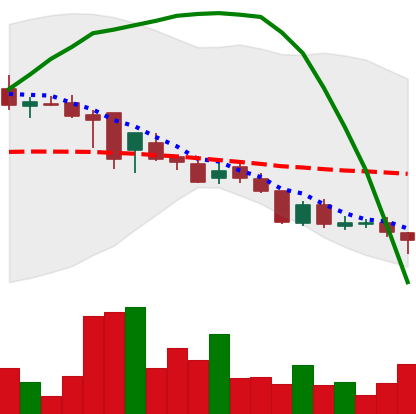
Ticker: DOGE-USD
Chart end date: 2018-08-14
Forward return: 9.425%
Label: up_7plus